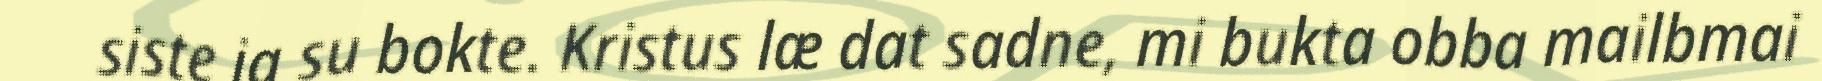
siste ja su bokte. Kristus læ dat sadne, mi bukta obba mailbmai